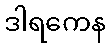
ဒါရကေန